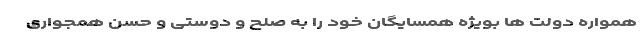
همواره دولت ها بویژه همسایگان خود را به صلح و دوستی و حُسن همجواری